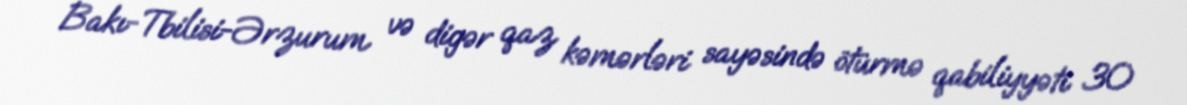
Bakı-Tbilisi-Ərzurum və digər qaz kəmərləri sayəsində ötürmə qabiliyyəti 30